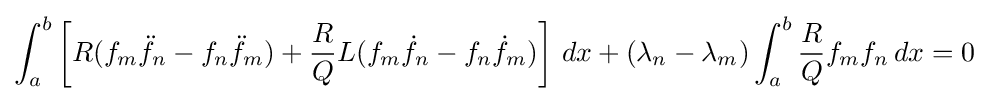
\int _{a}^{b}\left[R(f_{m}{\ddot {f}}_{n}-f_{n}{\ddot {f}}_{m})+{\frac {R}{Q}}L(f_{m}{\dot {f}}_{n}-f_{n}{\dot {f}}_{m})\right]\,dx+(\lambda _{n}-\lambda _{m})\int _{a}^{b}{\frac {R}{Q}}f_{m}f_{n}\,dx=0